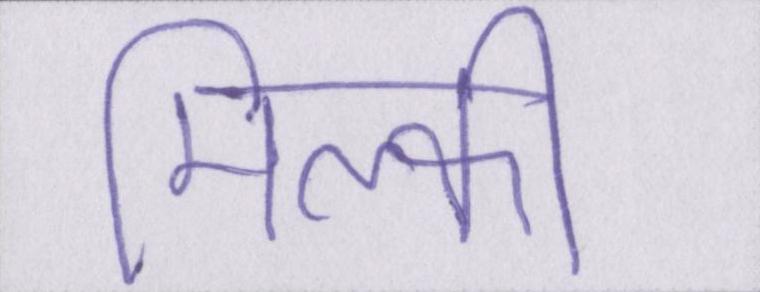
मिल्की